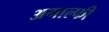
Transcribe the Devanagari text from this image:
अमाल्फी